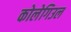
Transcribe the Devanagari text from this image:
कोलेगिउल